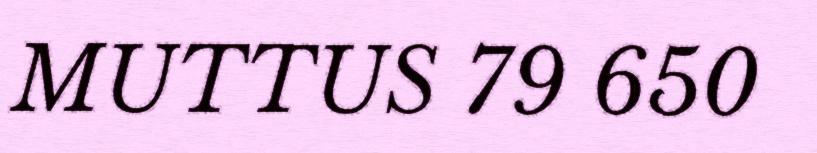
MUTTUS 79 650